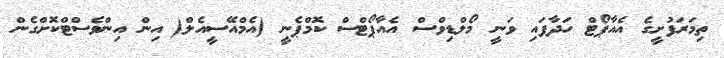
ތިމަރަފުށީގެ އެއާޕޯޓް ހަދާފައި ވަނީ މޯލްޑިވްސް އެއާޕޯޓްސް ކޮމްޕެނީ (އެމްއޭސީއެލް( އިން އިންވެސްޓްކޮށްގެން